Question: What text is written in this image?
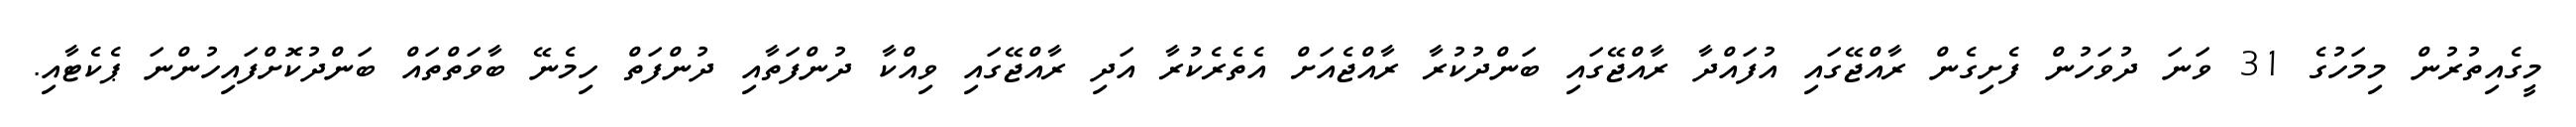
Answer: މީގެއިތުރުން މިމަހުގެ 31 ވަނަ ދުވަހުން ފެށިގެން ރާއްޖޭގައި އުފައްދާ ރާއްޖޭގައި ބަންދުކުރާ ރާއްޖެއަށް އެތެރެކުރާ އަދި ރާއްޖޭގައި ވިއްކާ ދުންފަތާއި ދުންފަތް ހިމެނޭ ބާވަތްތައް ބަންދުކޮށްފައިހުންނަ ޕެކެޓާއި.